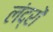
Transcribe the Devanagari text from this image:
लंद्रों